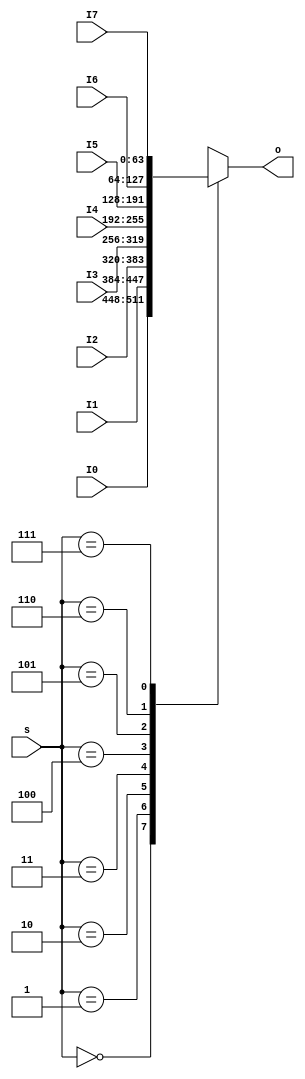
`timescale 1ns / 1ps

module Mux8x64(
    input   [63:0]  I0,
    input   [63:0]  I1,
    input   [63:0]  I2,
    input   [63:0]  I3,
    input   [63:0]  I4,
    input   [63:0]  I5,
    input   [63:0]  I6,
    input   [63:0]  I7,
    input   [2:0]   s,
    output  [63:0]  o
);
    reg [63:0] out;
    always @(*) begin
        case (s)
            3'b000: out <= I0;
            3'b001: out <= I1;
            3'b010: out <= I2;
            3'b011: out <= I3;
            3'b100: out <= I4;
            3'b101: out <= I5;
            3'b110: out <= I6;
            3'b111: out <= I7;
        endcase
    end
    assign o = out;
endmodule